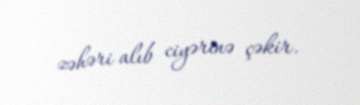
zəhəri alıb ciyərinə çəkir.